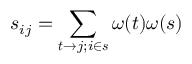
s _ { i j } = \sum _ { \boldsymbol { t } \to j ; i \in \boldsymbol { s } } \omega ( \boldsymbol { t } ) \omega ( \boldsymbol { s } )